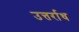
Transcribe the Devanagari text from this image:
उत्तर्राध